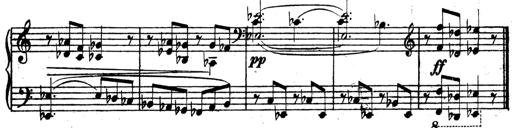
Title: 3 Sonatinas for Piano
Composer: Vissarion Shebalin